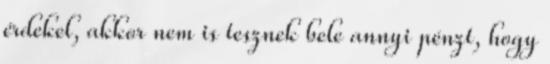
érdekel, akkor nem is tesznek bele annyi pénzt, hogy